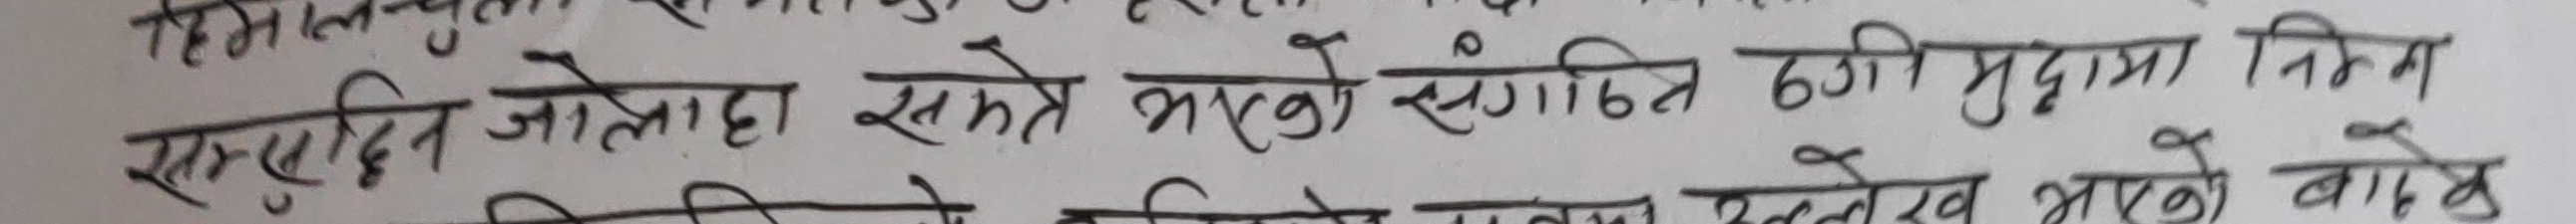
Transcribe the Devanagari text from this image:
सान्पुसदिन जोलेहा समेत रहेको संगठित ठगी मुद्दामा निम्न